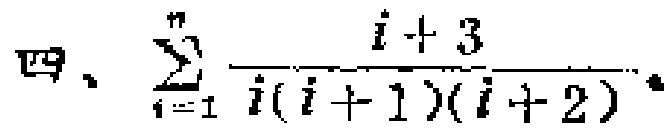
四、$\sum_{i = 1}^{n} \frac{i + 3}{i(i + 1)(i + 2)}$